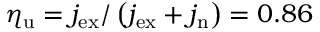
\eta _ { \mathrm { u } } = j _ { \mathrm { e x } } / \left( j _ { \mathrm { e x } } + j _ { \mathrm { n } } \right) = 0 . 8 6